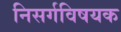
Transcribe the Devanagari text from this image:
निसर्गविषयक